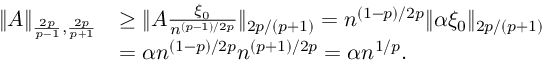
\begin{array} { r l } { \| A \| _ { \frac { 2 p } { p - 1 } , \frac { 2 p } { p + 1 } } } & { \ge \| A \frac { \xi _ { 0 } } { n ^ { ( p - 1 ) / 2 p } } \| _ { 2 p / ( p + 1 ) } = n ^ { ( 1 - p ) / 2 p } \| \alpha \xi _ { 0 } \| _ { 2 p / ( p + 1 ) } } \\ & { = \alpha n ^ { ( 1 - p ) / 2 p } n ^ { ( p + 1 ) / 2 p } = \alpha n ^ { 1 / p } . } \end{array}